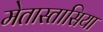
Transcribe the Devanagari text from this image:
मेतास्तासिया